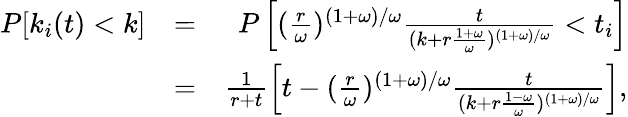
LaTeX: \begin{array}{rlr}{P[k_{i}(t)<k]}&{=}&{P\left[(\frac{r}{\omega})^{(1+\omega)/\omega}\frac{t}{(k+r\frac{1+\omega}{\omega})^{(1+\omega)/\omega}}<t_{i}\right]}\\ &{=}&{\frac{1}{r+t}\left[t-(\frac{r}{\omega})^{(1+\omega)/\omega}\frac{t}{(k+r\frac{1-\omega}{\omega})^{(1+\omega)/\omega}}\right],}\end{array}